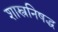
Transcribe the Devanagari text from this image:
शास्त्रनिषद्ध